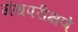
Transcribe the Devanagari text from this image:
गंथपरीक्षणे